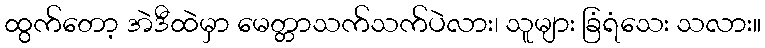
ထွက်တော့ အဲဒီထဲမှာ မေတ္တာသက်သက်ပဲလား၊ သူများ ခြံရံသေး သလား။